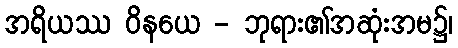
အရိယဿ ဝိနယေ - ဘုရား၏အဆုံးအမ၌၊